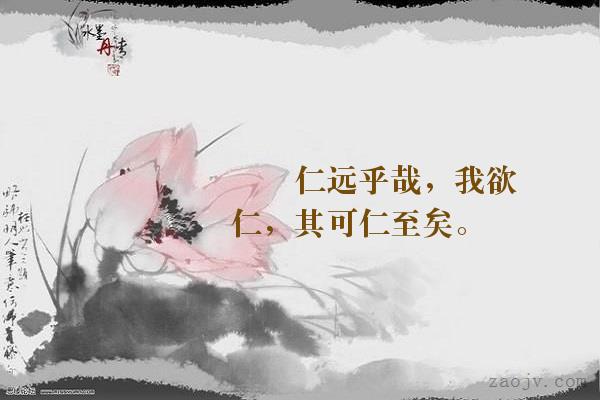
仁远乎哉？我欲仁，斯仁至矣。